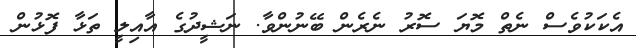
އެކަކުވެސް ނެތް މޮޔަ ސޮރު ނެރެން ބޭނުންވާ. ނަޝީދުގެ އާއިލީ ތަޅާ ފޮޅުން